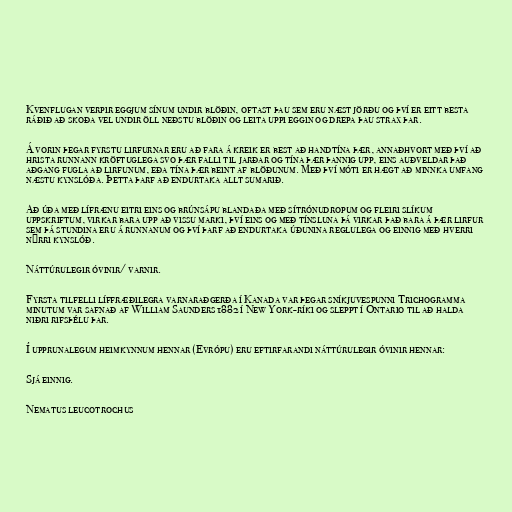
Kvenflugan verpir eggjum sínum undir blöðin, oftast þau sem eru næst jörðu og því er eitt besta
ráðið að skoða vel undir öll neðstu blöðin og leita uppi eggin og drepa þau strax þar.

Á vorin þegar fyrstu lirfurnar eru að fara á kreik er best að handtína þær, annaðhvort með því að
hrista runnann kröftuglega svo þær falli til jarðar og tína þær þannig upp, eins auðveldar það
aðgang fugla að lirfunum, eða tína þær beint af blöðunum. Með því móti er hægt að minnka umfang
næstu kynslóða. Þetta þarf að endurtaka allt sumarið.

Að úða með lífrænu eitri eins og brúnsápu blandaða með sítrónudropum og fleiri slíkum
uppskriftum, virkar bara upp að vissu marki, því eins og með tínsluna þá virkar það bara á þær lirfur
sem þá stundina eru á runnanum og því þarf að endurtaka úðunina reglulega og einnig með hverri
nýrri kynslóð.

Náttúrulegir óvinir/ varnir.

Fyrsta tilfelli líffræðilegra varnaraðgerða í Kanada var þegar sníkjuvespunni Trichogramma
minutum var safnað af William Saunders 1882 í New York-ríki og sleppt í Ontario til að halda
niðri rifsþélu þar.

Í upprunalegum heimkynnum hennar (Evrópu) eru eftirfarandi náttúrulegir óvinir hennar:

Sjá einnig.

Nematus leucotrochus